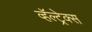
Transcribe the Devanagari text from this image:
व्हॅल्ट्रेक्स